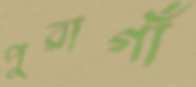
পুরাগাঁ